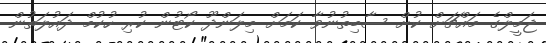
ޖަމީލްގެ މައްޗަށް ކުށް ސާބިތުނުވާ ކަމަށް މިލަންދޫ ކޯޓުން ކުރި ހުކުމް ދައުލަތުން